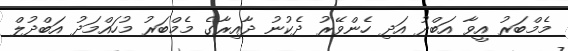
މެމްބަރު އީވާ އަބްދު އަދި ހެންވޭރު ދެކުނު ދާއިރާގެ މެމްބަރު މުހައްމަދު އަބްދުލް